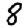
Digit: 8